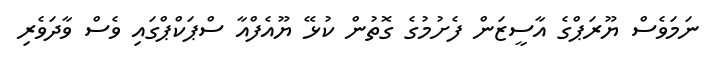
ނަމަވެސް ޔޫރަޕްގެ އާސީޒަން ފެށުމުގެ ގޮތުން ކުޅޭ ޔޫއެފްއާ ސްޕަކްޕްގައި ވެސް ވާދަވެރި